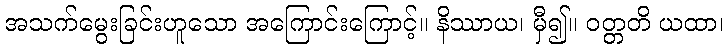
အသက်မွေးခြင်းဟူသော အကြောင်းကြောင့်။ နိဿာယ၊ မှီ၍။ ဝတ္တတိ ယထာ၊